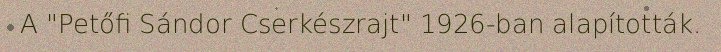
A "Petőfi Sándor Cserkészrajt" 1926-ban alapították.